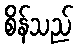
စိန်သည်